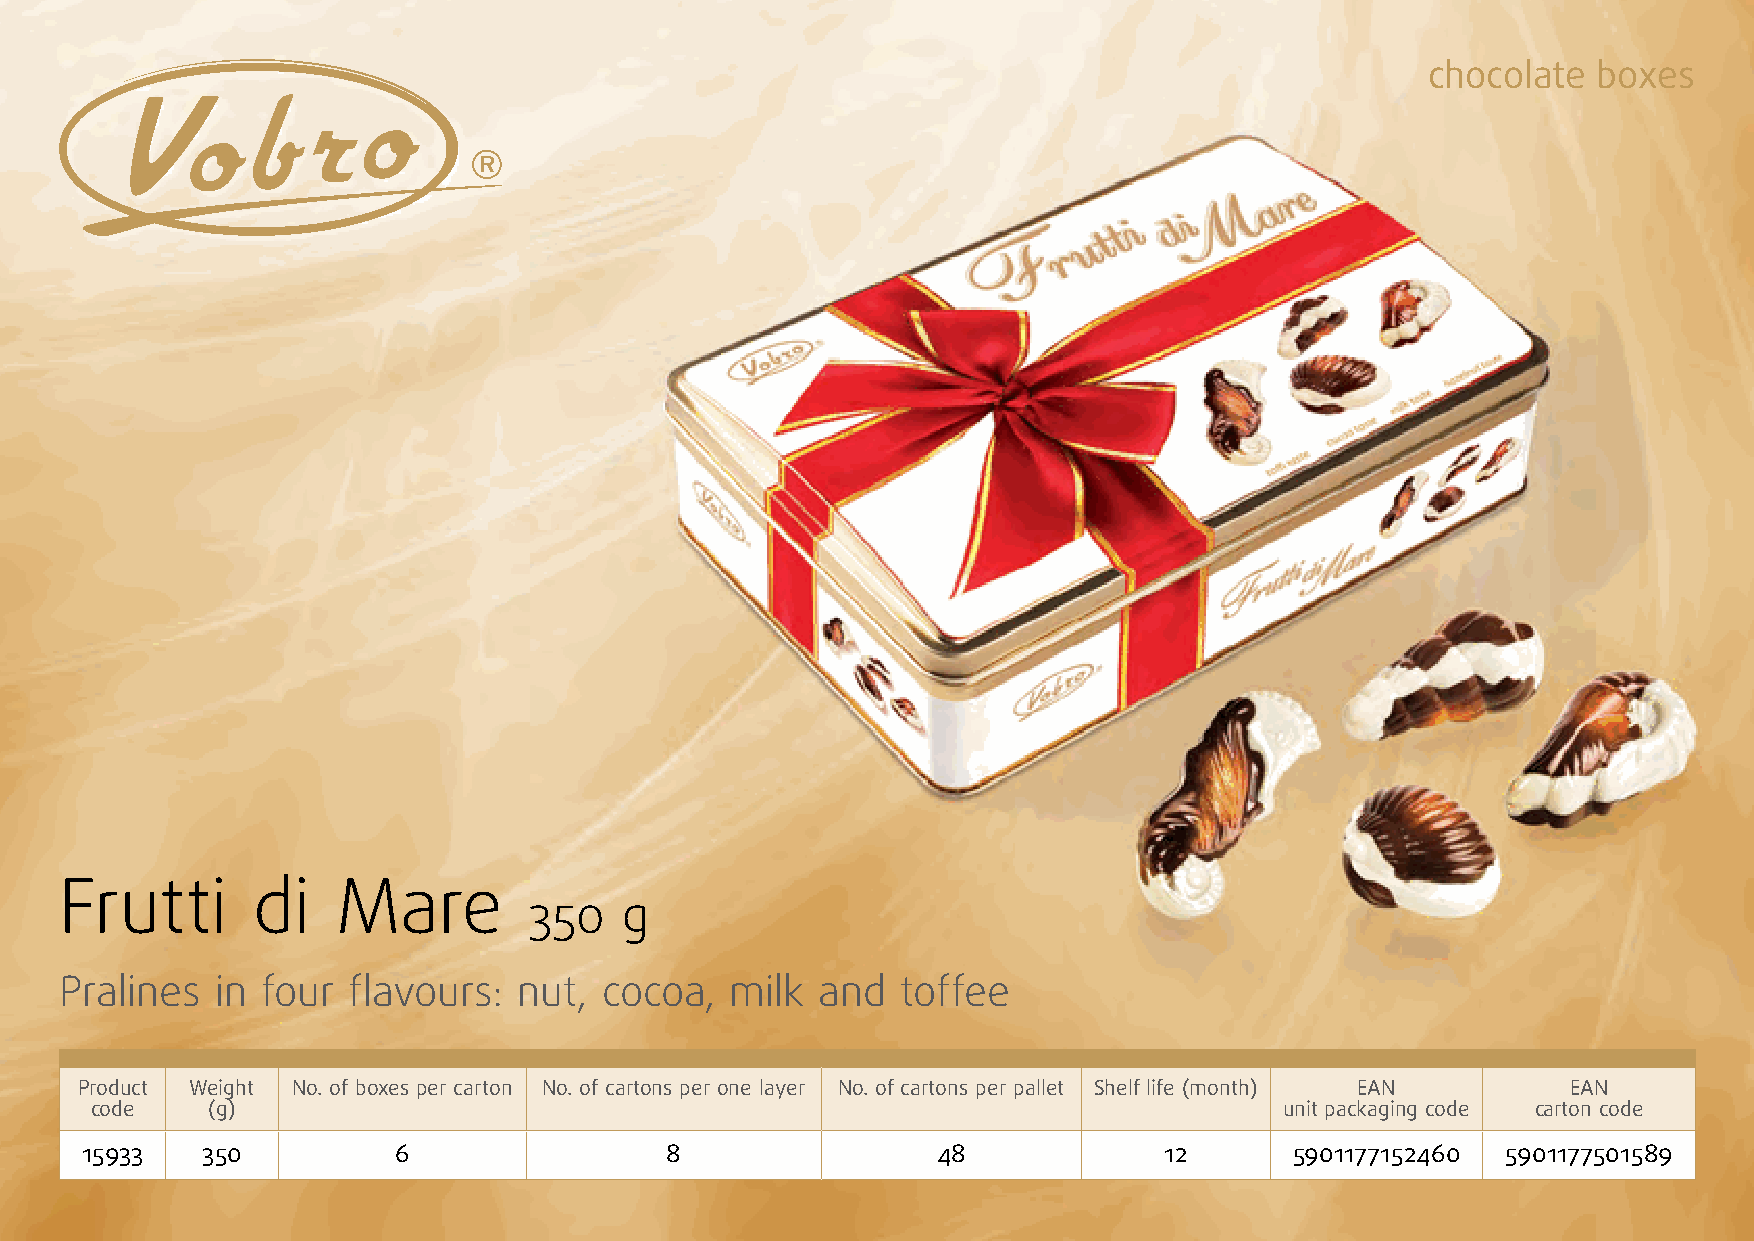
chocolate  boxes
 Frutti       di   Mare
 350   g
 Pralines  in four  flavours:  nut,  cocoa,  milk  and   toffee
 Product Weight No. of boxes per carton No. of cartons per one layer No. of cartons per pallet Shelf life (month) EAN EAN
 code    (g)                                                                    unit packaging code carton code
 15933   350          6                 8                 48             12       5901177152460 5901177501589